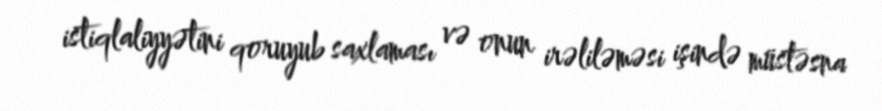
istiqlaliyyətini qoruyub saxlaması və onun irəliləməsi işində müstəsna